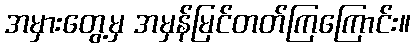
အမှားတွေ့မှ အမှန်မြင်တတ်ကြကြောင်း။